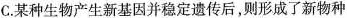
C.某种生物产生新基因并稳定遗传后，则形成了新物种